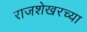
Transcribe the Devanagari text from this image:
राजशेखरच्या